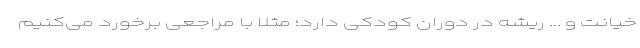
خیانت و ... ریشه در دوران کودکی دارد؛ مثلا با مراجعی برخورد می‌کنیم